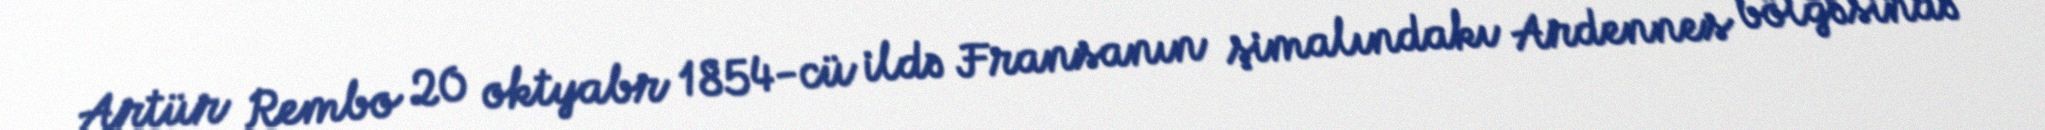
Artür Rembo 20 oktyabr 1854-cü ildə Fransanın şimalındakı Ardennes bölgəsində